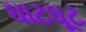
ઘાટઘૂટ